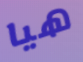
هيا